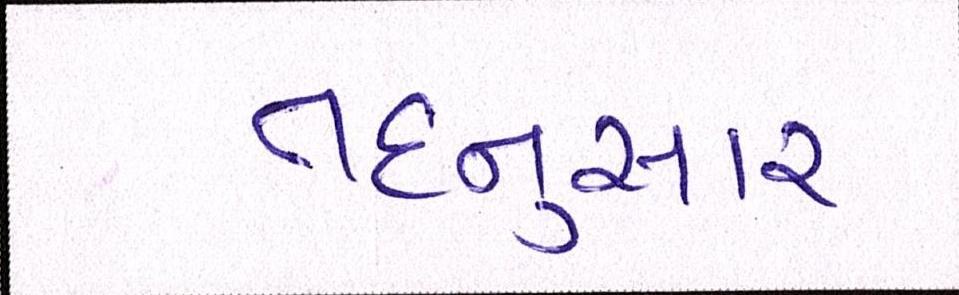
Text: તદનુસાર